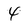
Character: 4